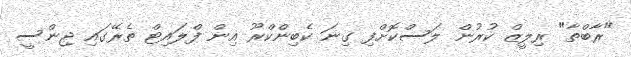
"ރާބްތާ" ރިލީޒް ކުރުން ލަސްކޮށްފި ގިނަ ކެބިންކްރޫ އިން ފްލައިޓް ތެރޭގައި ޖިންސީ